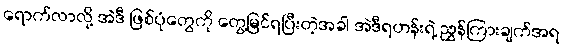
ရောက်လာလို့ အဲဒီ ဖြစ်ပုံတွေကို တွေ့မြင်ရပြီးတဲ့အခါ အဲဒီရဟန်းရဲ့ ညွှန်ကြားချက်အရ